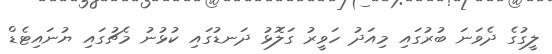
ލީގުގެ ދެވަނަ ބުރުގައި މިއަދު ހަވީރު ގަލޮޅު ދަނޑުގައި ކުޅުނު މެޗުގައި ޔުނައިޓެޑް